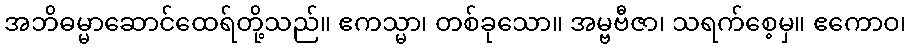
အဘိဓမ္မာဆောင်ထေရ်တို့သည်။ ဧကသ္မာ၊ တစ်ခုသော။ အမ္ဗဗီဇာ၊ သရက်စေ့မှ။ ဧကောဝ၊